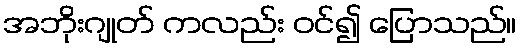
အဘိုးဂျုတ် ကလည်း ဝင်၍ ပြောသည်။